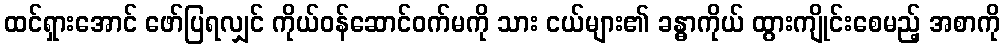
ထင်ရှားအောင် ဖော်ပြရလျှင် ကိုယ်ဝန်ဆောင်ဝက်မကို သား ငယ်များ၏ ခန္ဓာကိုယ် ထွားကျိုင်းစေမည့် အစာကို